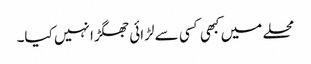
محلے میں کبھی کسی سے لڑائی جھگڑا نہیں کیا۔